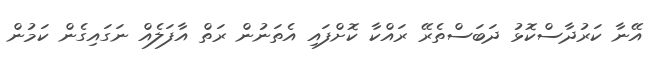
އޭނާ ކަރުދާސްކޮޅު ދަބަސްތެރޭ ރައްކާ ކޮށްފައި އެތަނުން ރަތް އާފަލެއް ނަގައިގެން ކަމުން